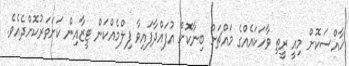
ޚާއްސަކޮށް މިއީ ރީތި ވާހަކައެއްގެ މައްޗަށް ބިނާކޮށް އުފައްދާފައިވާ ފިލްމެއްކަން ޓީޒާއިން ކަށަވަރުކޮށްދެއެވެ.